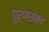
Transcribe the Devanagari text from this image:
पूर्णसंचय